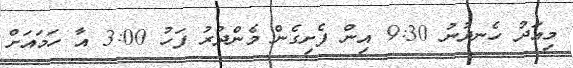
މިއަދު ހެނދުނު 9:30 އިން ފެށިގެން މެންދުރު ފަހު 3:00 އާ ހަމައަށް